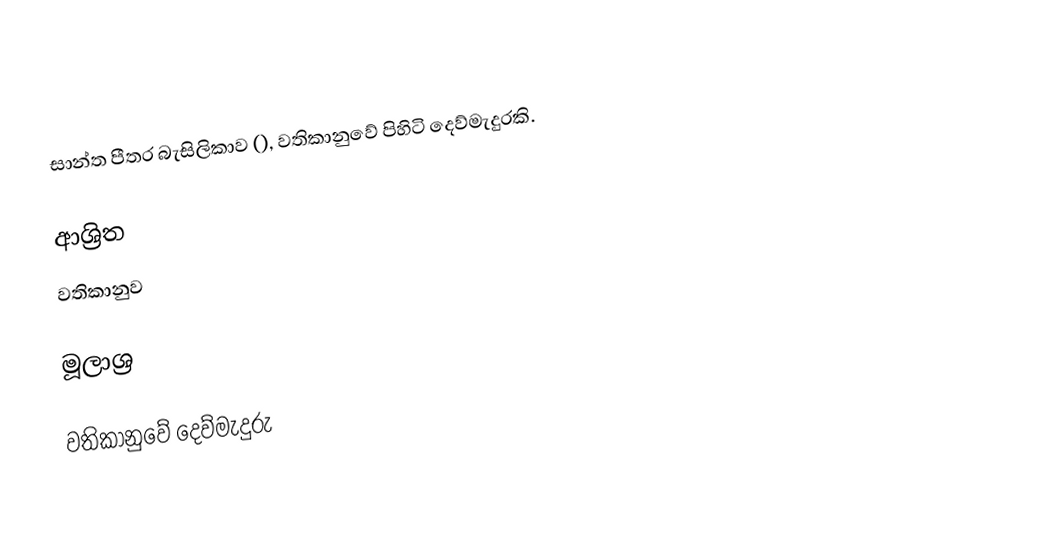
සාන්ත පීතර බැසිලිකාව (), වතිකානුවේ පිහිටි දෙව්මැදුරකි.

ආශ්‍රිත
 වතිකානුව

මූලාශ්‍ර

වතිකානුවේ දෙව්මැදුරු